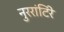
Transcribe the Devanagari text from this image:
नुररांटिंरे